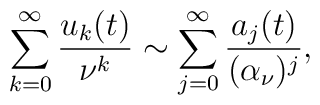
\sum_{k=0}^{\infty}{u_{k}(t)\over \nu^{k}} \sim\sum_{j=0}^{\infty}{a_{j}(t)\over (\alpha_{\nu})^{j}},